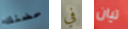
حضنك في تيان